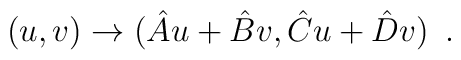
(u,v) \rightarrow ({{\hat{A} u+\hat{B} v},{\hat{C} u+\hat{D} v}}) \,\,\,.